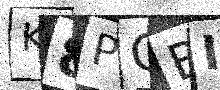
Text: K8POBI